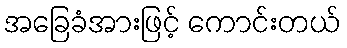
အခြေခံအားဖြင့် ကောင်းတယ်